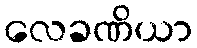
လေခဏိယာ